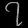
Digit: ၇